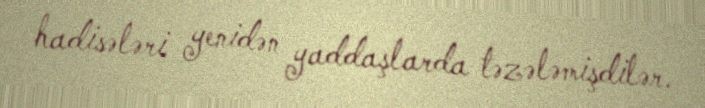
hadisələri yenidən yaddaşlarda təzələmişdilər.